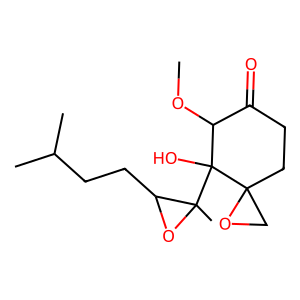
SMILES: COC1C(=O)CCC2(CO2)C1(O)C1(C)OC1CCC(C)C
Inhibits HIV replication: No